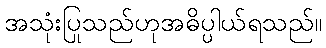
အသုံးပြုသည်ဟုအဓိပ္ပါယ်ရသည်။